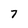
Character: 7